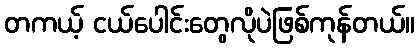
တကယ့် ငယ်ပေါင်းတွေလိုပဲဖြစ်ကုန်တယ်။